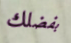
بفضلك